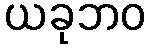
ယခုဘဝ